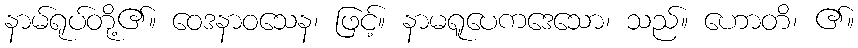
နာမ်ရုပ်တို့၏။ ဝေဒနာဝသေန၊ ဖြင့်။ နာမရူပေကဒေသော၊ သည်။ ဟောတိ၊ ၏။